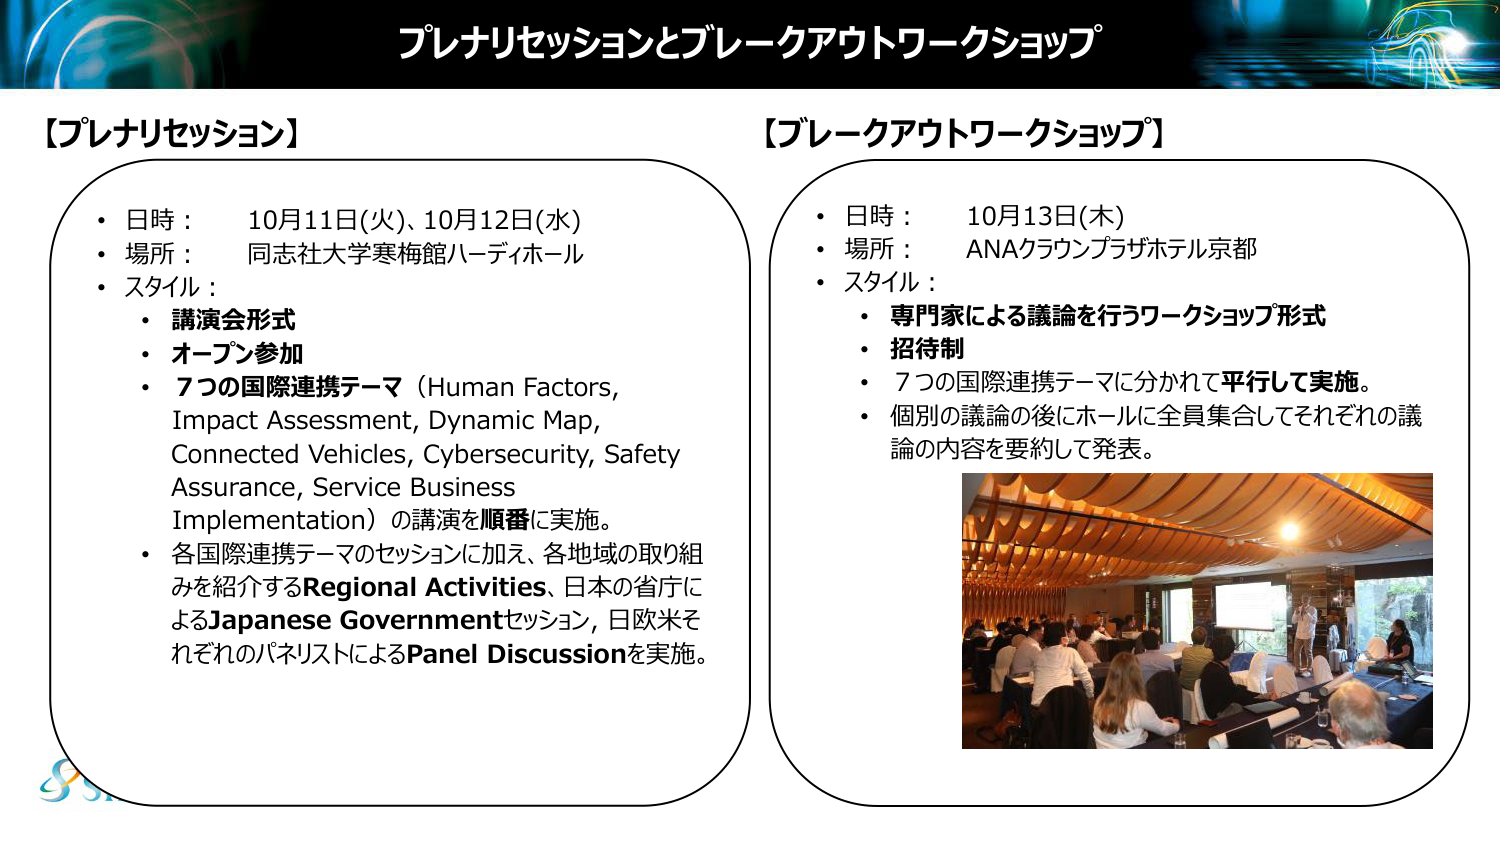
プレナリセッションとブレークアウトワークショップ

【プレナリセッション】
・日時： 10月11日(火)、10月12日(水)
・場所： 同志社大学寒梅館ハーディホール
・スタイル：
　・講演会形式
　・オープン参加
　・7つの国際連携テーマ（Human Factors, Impact Assessment, Dynamic Map, Connected Vehicles, Cybersecurity, Safety Assurance, Service Business Implementation）の講演を順番に実施。
　・各国際連携テーマのセッションに加え、各地域の取り組みを紹介するRegional Activities、日本の省庁によるJapanese Governmentセッション、日欧米それぞれのパネリストによるPanel Discussionを実施。

【ブレークアウトワークショップ】
・日時： 10月13日(木)
・場所： ANAクラウンプラザホテル京都
・スタイル：
　・専門家による議論を行うワークショップ形式
　・招待制
　・7つの国際連携テーマに分かれて平行して実施。
　・個別の議論の後にホールに全員集合してそれぞれの議論の内容を要約して発表。